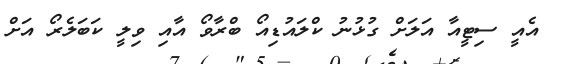
އެއީ ސިޓީއާ އަލަށް ގުޅުނު ކްލައުޑިއޯ ބްރާވޯ އާއި ވިލީ ކަބަލެރޯ އަށް